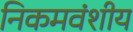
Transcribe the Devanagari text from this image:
निकमवंशीय